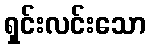
ရှင်းလင်းသော